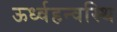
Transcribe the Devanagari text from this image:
ऊर्ध्वहन्वस्थि